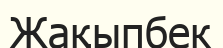
Жақыпбек